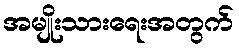
အမျိုးသားရေးအတွက်